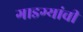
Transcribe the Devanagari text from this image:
गाडग्यांची